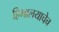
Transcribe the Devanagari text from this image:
हिमालयाचेच